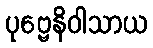
ပုဗ္ဗေနိဝါသာယ